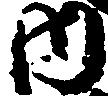
内